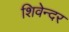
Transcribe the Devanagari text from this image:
शिवेन्दर